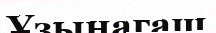
Ұзынагаш